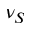
\nu _ { S }